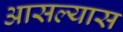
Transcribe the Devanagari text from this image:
आसल्यास